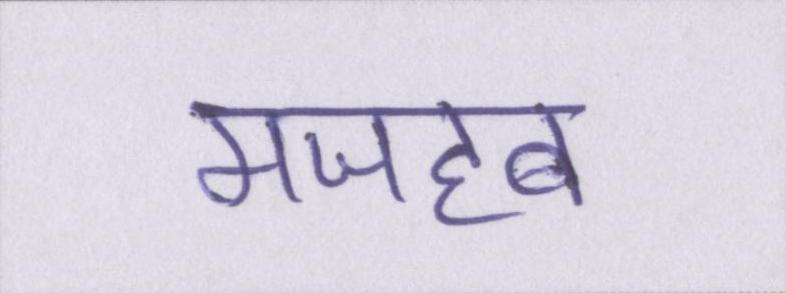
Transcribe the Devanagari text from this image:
मजहब